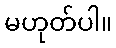
မဟုတ်ပါ။